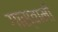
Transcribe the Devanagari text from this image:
गास्वामी